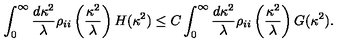
\int _ { 0 } ^ { \infty } \frac { d \kappa ^ { 2 } } { \lambda } \rho _ { i i } \left( \frac { \kappa ^ { 2 } } { \lambda } \right) H ( \kappa ^ { 2 } ) \leq C \int _ { 0 } ^ { \infty } \frac { d \kappa ^ { 2 } } { \lambda } \rho _ { i i } \left( \frac { \kappa ^ { 2 } } { \lambda } \right) G ( \kappa ^ { 2 } ) .